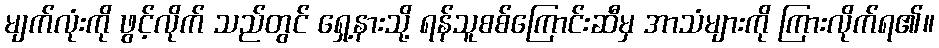
မျက်လုံးကို ဖွင့်လိုက် သည်တွင် ရှေ့နားသို့ ရန်သူစစ်ကြောင်းဆီမှ အာသံများကို ကြားလိုက်ရ၏။